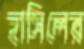
হাসিলের